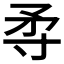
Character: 𡬢